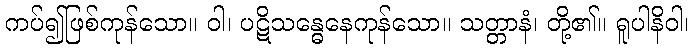
ကပ်၍ဖြစ်ကုန်သော။ ဝါ၊ ပဋိသန္ဓေနေကုန်သော။ သတ္တာနံ၊ တို့၏။ ရူပါနိဝါ၊